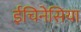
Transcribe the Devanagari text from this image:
ईचिनेसिया